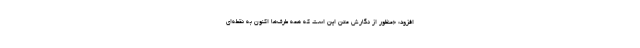
افزود: «منظور از نگارش متن این است که همه طرف‌ها اکنون به نقطه‌ای